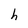
Character: h